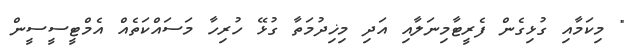
" މިކަމާއި ގުޅިގެން ފެރީޓާމިނަލާއި އަދި މިޚިދުމަތާ ގުޅޭ ހުރިހާ މަސައްކަތެއް އެމްޓީސީސީން